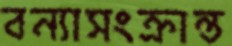
বন্যাসংক্রান্ত